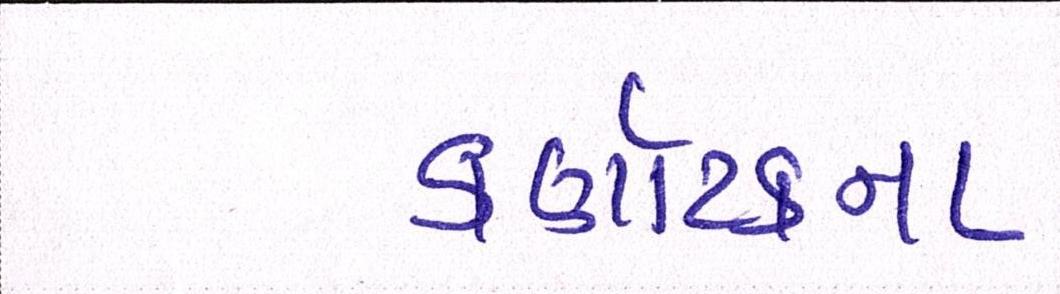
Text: કર્ણાટકના